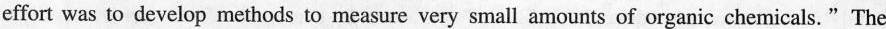
effort was to develop methods to measure very small amounts of organic chemicals. " The